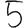
Digit: 5